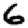
Digit: 6